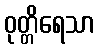
ဝုတ္တိရေသာ